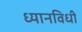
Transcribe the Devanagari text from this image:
ध्यानविधी